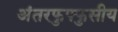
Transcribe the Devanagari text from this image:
अंतरफुफ्फुसीय